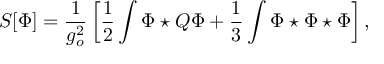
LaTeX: S [ \Phi ] = \frac { 1 } { g _ { o } ^ { 2 } } \left[ \frac 1 2 \int \Phi \star Q \Phi + \frac 1 3 \int \Phi \star \Phi \star \Phi \right] ,